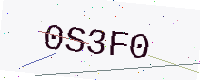
Text: 0S3F0